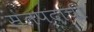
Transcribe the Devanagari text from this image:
संतपदाची